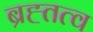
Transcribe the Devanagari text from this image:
ब्रह्तत्व